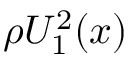
{ \rho } { U _ { 1 } ^ { 2 } } ( x )